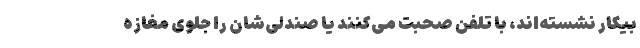
بیکار نشسته‌اند، با تلفن صحبت می‌کنند یا صندلی‌شان را جلوی مغازه